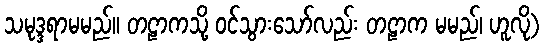
သမုဒ္ဒရာမမည်။ တဠာကသို့ ဝင်သွားသော်လည်း တဠာက မမည်၊ ဟူလို)